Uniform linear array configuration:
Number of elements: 16
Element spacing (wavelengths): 1
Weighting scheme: hamming
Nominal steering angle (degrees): -30
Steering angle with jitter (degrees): -31.771
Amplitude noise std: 0.05
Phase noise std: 0.05

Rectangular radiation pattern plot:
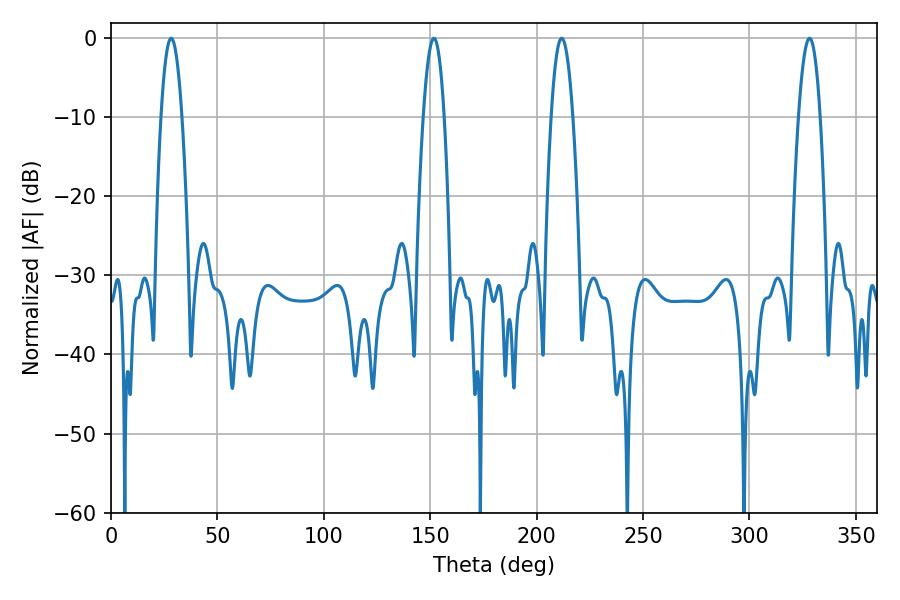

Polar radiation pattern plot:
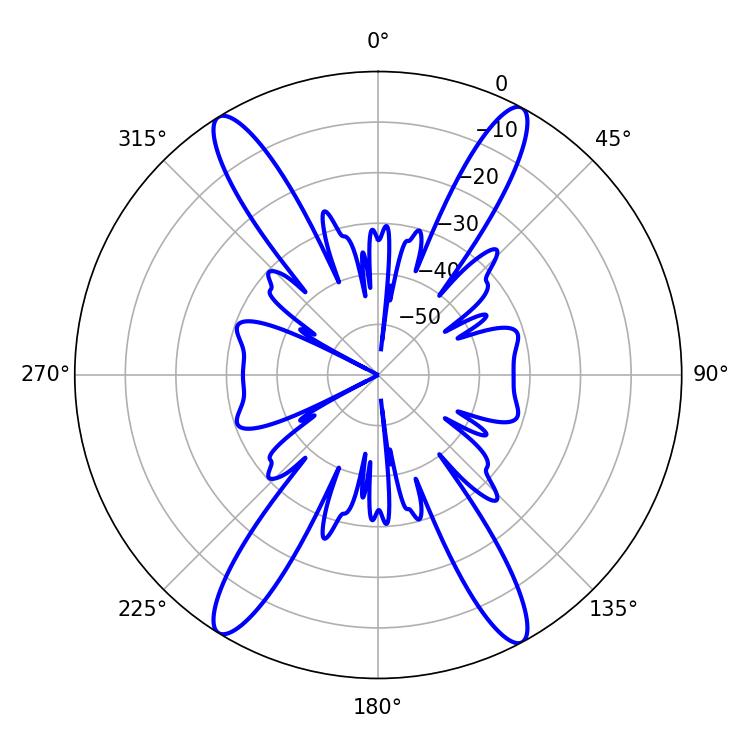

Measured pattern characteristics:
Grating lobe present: TRUE
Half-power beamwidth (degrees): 5.4
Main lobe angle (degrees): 28.26